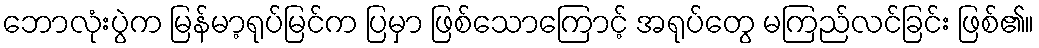
ဘောလုံးပွဲက မြန်မာ့ရုပ်မြင်က ပြမှာ ဖြစ်သောကြောင့် အရုပ်တွေ မကြည်လင်ခြင်း ဖြစ်၏။